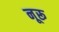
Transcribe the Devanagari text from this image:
नूरू